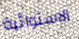
الاستوائية